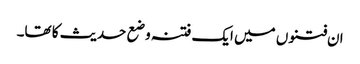
ان فتنوں میں ایک فتنہ وضع حدیث کا تھا۔